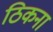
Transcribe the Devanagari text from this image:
ठिकना